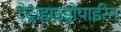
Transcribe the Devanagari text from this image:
टेट्राहाइड्रोपाईरेन